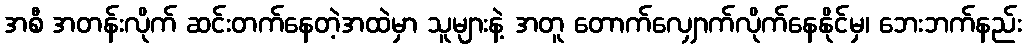
အစီ အတန်းလိုက် ဆင်းတက်နေတဲ့အထဲမှာ သူများနဲ့ အတူ တောက်လျှောက်လိုက်နေနိုင်မှ၊ ဘေးဘက်နည်း